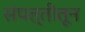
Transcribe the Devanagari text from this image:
संपत्तीतून